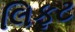
લિફટ